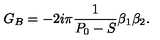
G _ { B } = - 2 i \pi { \frac { 1 } { P _ { 0 } - S } } \beta _ { 1 } \beta _ { 2 } . \,